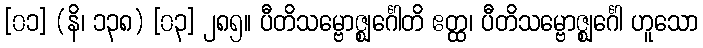
[၀၁] (နိ၊ ၁၃၈) [၀၃] ၂၈၅။ ပီတိသမ္ဗောဇ္ဈင်္ဂေါတိ ဧတ္ထ၊ ပီတိသမ္ဗောဇ္ဈင်္ဂေါ ဟူသော